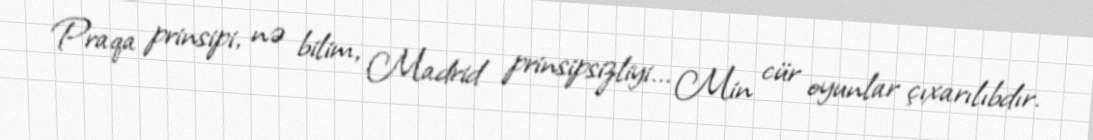
Praqa prinsipi, nə bilim, Madrid prinsipsizliyi... Min cür oyunlar çıxarılıbdır.